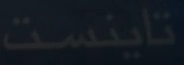
تاينست